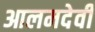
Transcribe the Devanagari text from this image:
आलमदेवी